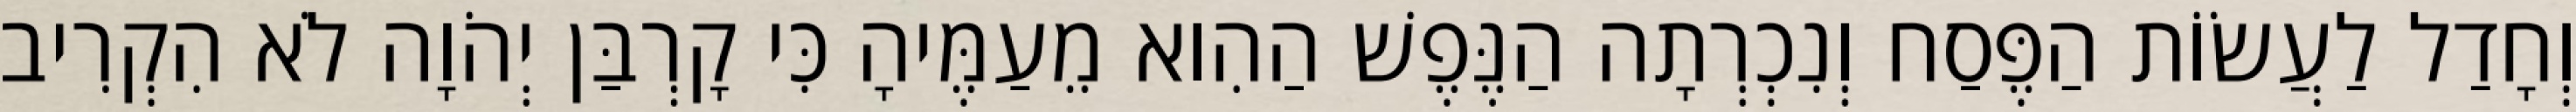
וְחָדַל לַעֲשׂוֹת הַפֶּסַח וְנִכְרְתָה הַנֶּפֶשׁ הַהִוא מֵעַמֶּיהָ כִּי קָרְבַּן יְהֹוָה לֹא הִקְרִיב